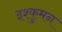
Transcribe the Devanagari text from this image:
इश्कुमन